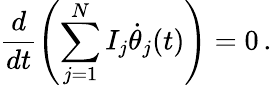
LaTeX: \frac{d}{dt}\left(\sum_{j=1}^{N}I_{j}\dot{\theta}_{j}(t)\right)=0\, .